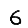
Digit: 6